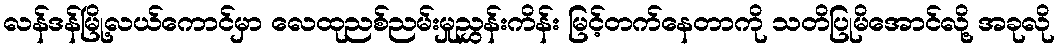
လန်ဒန်မြို့လယ်ကောင်မှာ လေထုညစ်ညမ်းမှုညွှန်းကိန်း မြင့်တက်နေတာကို သတိပြုမိအောင်လို့ အခုလို